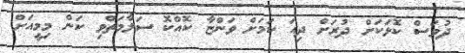
ދުވަސް ކޮޅަކަށް ދުރަށް ދިއަ ކަމަށް ވަންޏާ ކޮއްކޮ ސަލާމަތްވި ކަން މިމީއަށް